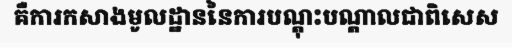
គឺការកសាងមូលដ្ឋាននៃការបណ្តុះបណ្តាលជាពិសេស